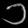
Digit: ၁